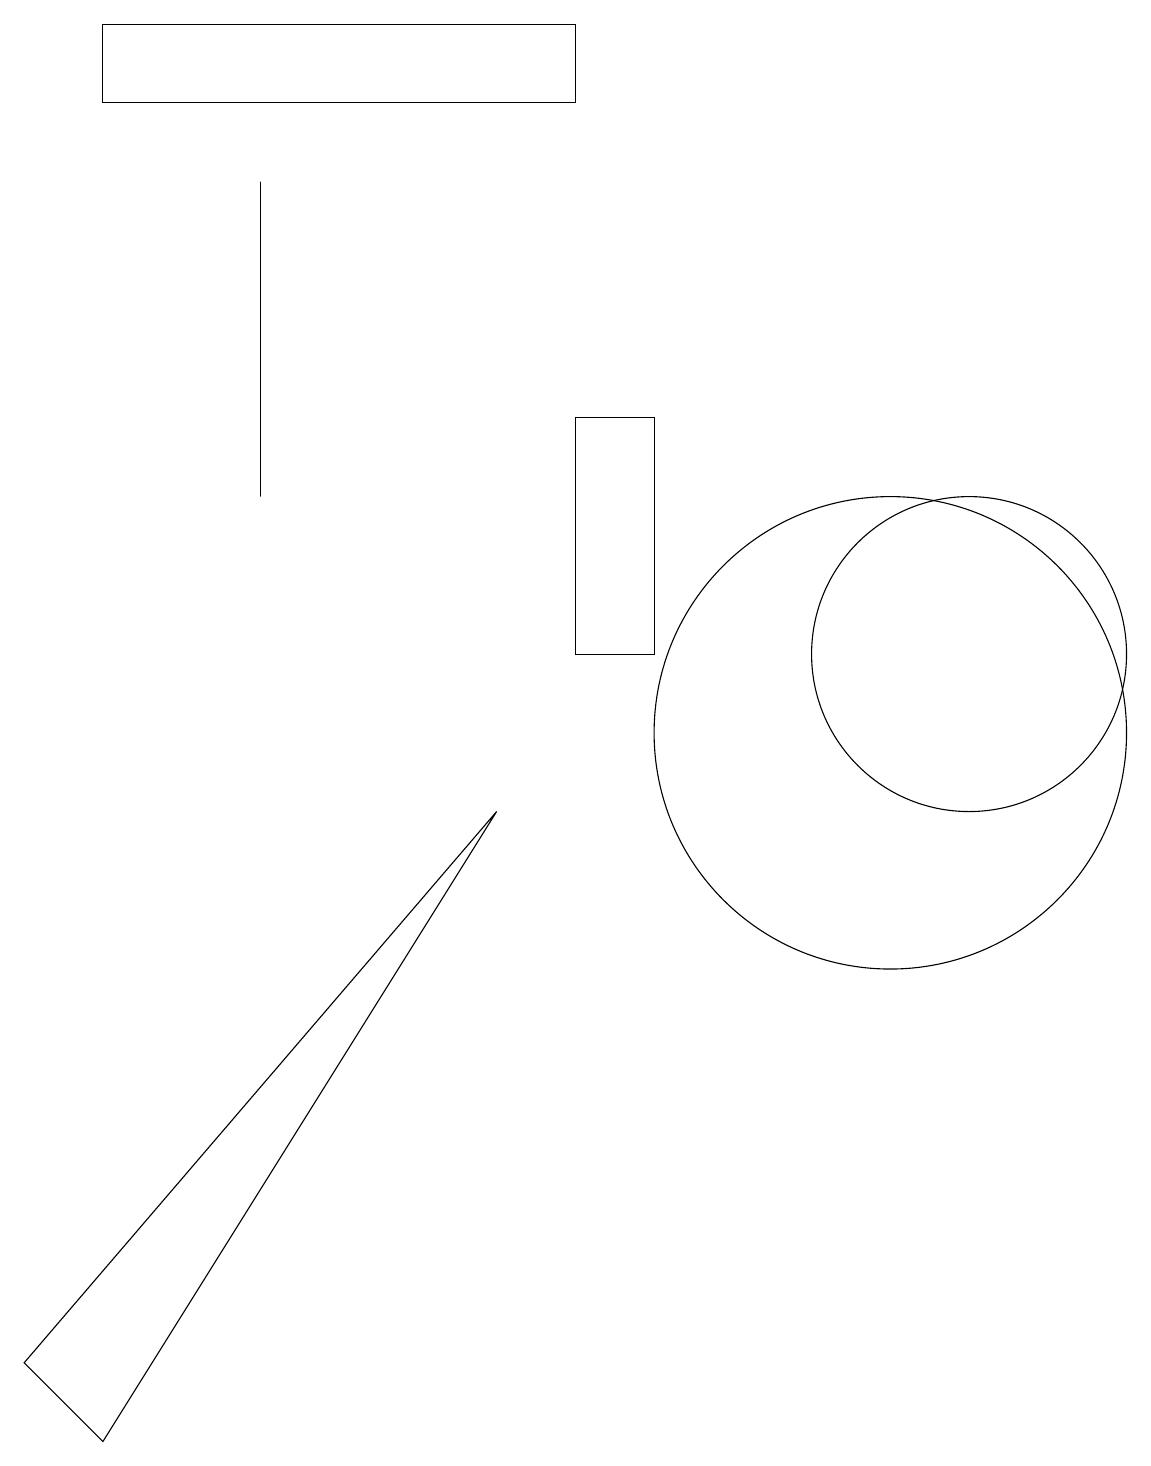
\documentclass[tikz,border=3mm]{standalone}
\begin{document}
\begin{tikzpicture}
\draw (0,2) -- (1,1) -- (6,9) -- cycle;
\draw (3,13) rectangle (3,17);
\draw (8,11) rectangle (7,14);
\draw (7,19) rectangle (1,18);
\draw (12,11) circle (2);
\draw (11,10) circle (3);
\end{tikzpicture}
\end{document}